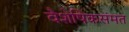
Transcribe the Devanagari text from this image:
वैशेषिकसंमत